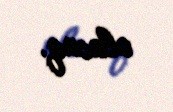
olacaq.